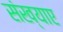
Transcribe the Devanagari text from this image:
संख्याए